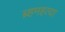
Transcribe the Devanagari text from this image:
ब्र्हमहत्या